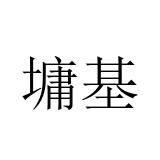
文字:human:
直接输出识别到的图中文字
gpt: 墉基